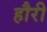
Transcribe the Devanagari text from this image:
हौरी